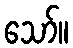
သော်။